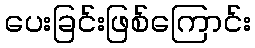
ပေးခြင်းဖြစ်ကြောင်း